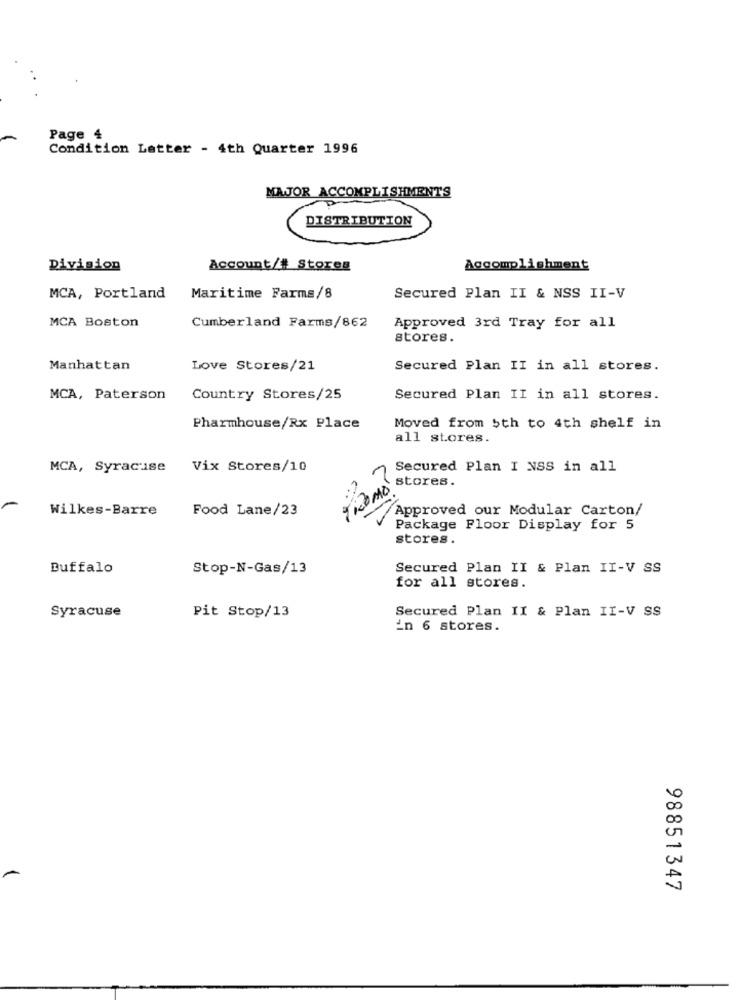
Page 4
Condition Latter - 4th Quarter 1996
MAJOR ACCOMPLISHMENTS
DISTRIBUTION
Division
Account/# Stores
Accomplishment
MCA, Portland
Maritime Farms/8
Secured Plan II & NSS II-V
MCA Boston
Cumberland Farms/862
Approved 3rd Tray for all
stores.
Manhattan
Love Stores/21
Secured Plan II in all stores.
MCA, Paterson
Country Stores/25
Secured Plan II in all stores.
Pharmhouse/Rx Place
Moved from $th to 4th shelf in
all stores.
MCA, Syracuse
Vix Stores/10
Secured Plan I NSS in all
2Pk
stores .
Wilkes-Barre
Food Lane/23
Approved our Modular Carton/
Package Floor Display for 5
stores.
Buffalo
Stop-N-Gas/13
Secured Plan II & Plan II-V SS
for all stores.
Syracuse
Pit Stop/13
Secured Plan II & Plan II-V SS
in 6 stores.
98851347